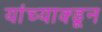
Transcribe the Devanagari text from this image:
यांच्याक्डून